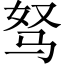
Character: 驽